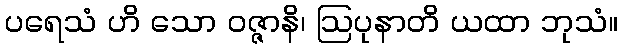
ပရေသံ ဟိ သော ဝဇ္ဇာနိ၊ ဩပုနာတိ ယထာ ဘုသံ။